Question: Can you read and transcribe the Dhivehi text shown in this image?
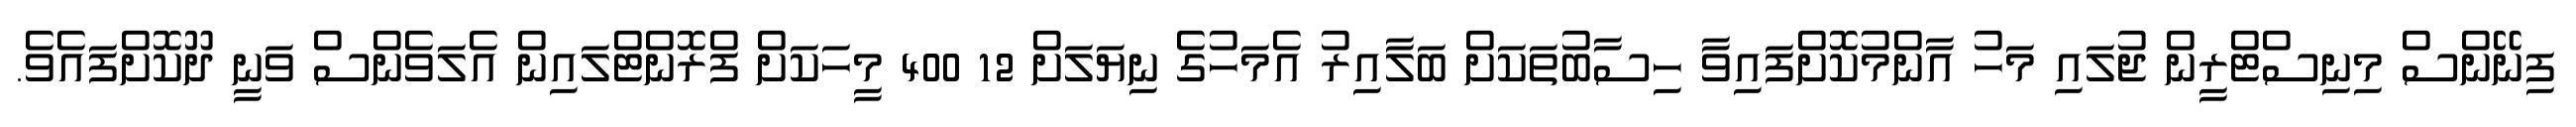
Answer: ފިނޭންސް މިނިސްޓްރީން ޖުލައި މަހު އާންމުކޮށްފައިވާ ހިސާބުތަކަށް ބަލާއިރު އެމަހުގެ ނިޔަލަށް 12 400 މީހަކަށް ފްރޮންޓްލައިން އެލަވެންސް ވަނީ ދޫކޮށްފައެވެ.